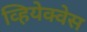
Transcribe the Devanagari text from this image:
व्हियेक्वेस